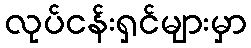
လုပ်ငန်းရှင်များမှာ